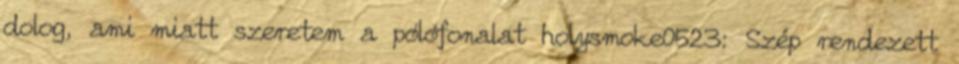
dolog, ami miatt szeretem a pólófonalat holysmoke0523: Szép rendezett